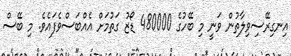
އިނގިރޭސިވިލާތުން ވަނީ މި ބޭހުގެ 480000 ޑޯޒު ގަތުމަށް އެއްބަަސްވެފައެވެ. މި ބޭސް